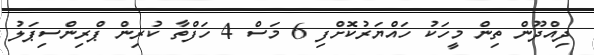
ދިއްދޫން ތިން މީހަކު ހައްޔަރުކޮށްފި 6 މަސް 4 ހަފްތާ ކުރިން ޕްރިންސިޕަލު